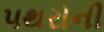
પથરોની